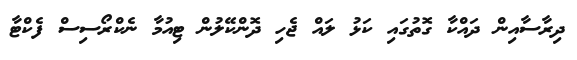
ދިރާސާއިން ދައްކާ ގޮތުގައި ކަޅު ލައް ޖެހި ދޮންކޭލުން ޓިއުމާ ނެކްރޯސިސް ފެކްޓާ